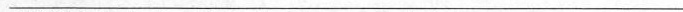
___